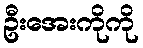
ဦးအေးကိုကို